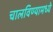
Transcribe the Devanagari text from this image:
चालविण्यामध्ये